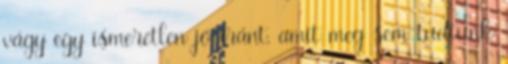
vágy egy ismeretlen jó iránt, amit meg sem tudtunk